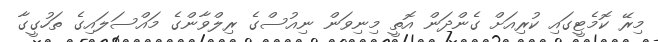
މިރޭ ކޮމެޓީގައި ކުރިއަށް ގެންދަން އޮތީ މިނިވަން ނިއުސްގެ ރިލްވާންގެ މައްސަލައިގެ ތަހުގީގާ